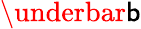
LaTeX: \underbar\mathsf{b}